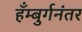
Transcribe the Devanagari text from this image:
हँम्बुर्गनंतर